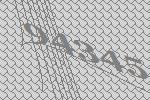
94345